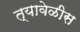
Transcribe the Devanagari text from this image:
त्यावेळीस